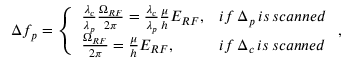
\Delta f _ { p } = \left\{ \begin{array} { l l } { \frac { \lambda _ { c } } { \lambda _ { p } } \frac { \Omega _ { R F } } { 2 \pi } = \frac { \lambda _ { c } } { \lambda _ { p } } \frac { \mu } { h } E _ { R F } , } & { i f \, \Delta _ { p } \, i s \, s c a n n e d } \\ { \frac { \Omega _ { R F } } { 2 \pi } = \frac { \mu } { h } E _ { R F } , } & { i f \, \Delta _ { c } \, i s \, s c a n n e d } \end{array} \right. ,